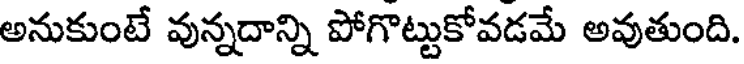
అనుకుంటే వున్నదాన్ని పోగొట్టుకోవడమే అవుతుంది.